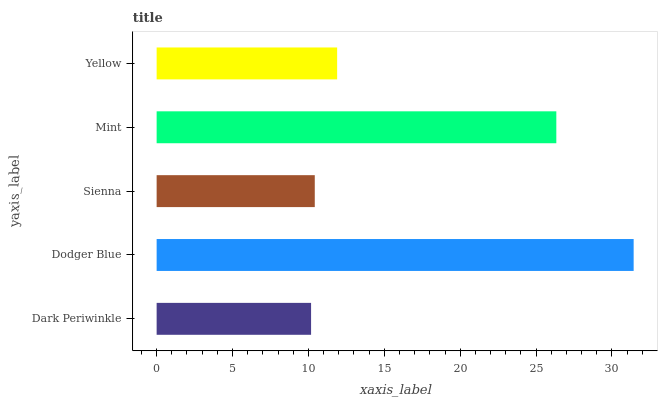
| yaxis_label | bars |
 | --- | --- |
 | Dark Periwinkle | 10.2 |
 | Dodger Blue | 31.4 |
 | Sienna | 10.4 |
 | Mint | 26.3 |
 | Yellow | 11.9 |